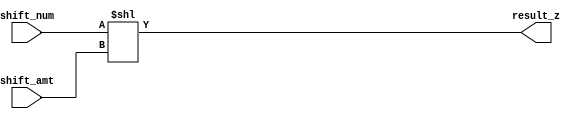
module shl_op (input wire [31:0] shift_num, shift_amt, output wire [31:0] result_z);
	
	assign result_z = shift_num << shift_amt;
	
endmodule